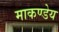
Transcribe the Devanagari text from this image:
माकण्डेय